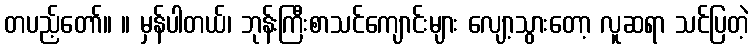
တပည့်တော်။ ။ မှန်ပါတယ်၊ ဘုန်းကြီးစာသင်ကျောင်းများ လျော့သွားတော့ လူဆရာ သင်ပြတဲ့